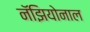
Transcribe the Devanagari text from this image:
नॅझियोनाल